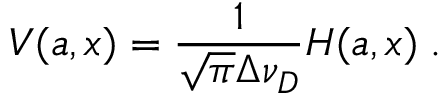
V ( a , x ) = \frac { 1 } { \sqrt { \pi } \Delta \nu _ { D } } H ( a , x ) \; .